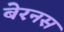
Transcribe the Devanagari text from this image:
बेरनस